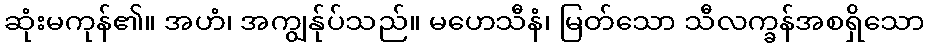
ဆုံးမကုန်၏။ အဟံ၊ အကျွန်ုပ်သည်။ မဟေသီနံ၊ မြတ်သော သီလက္ခန်အစရှိသော